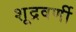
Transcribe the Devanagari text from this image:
शूद्रवर्णी